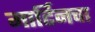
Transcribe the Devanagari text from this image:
मार्टिनचा